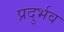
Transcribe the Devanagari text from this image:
प्रदुर्भव